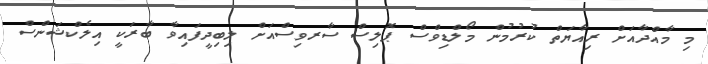
މި މާއްދާއަށް ރިއާޔަތް ކުރުމުން މޯލްޑިވްސް ޕޮލިސް ސާރވިސްއަށް ލިބިދީފައިވާ ބާރަކީ އިލެކްޝަންސް